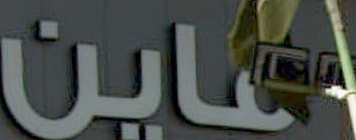
لاين